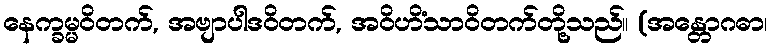
နေက္ခမ္မဝိတက်, အဗျာပါဒဝိတက်, အဝိဟိံသာဝိတက်တို့သည်။ (အန္တောဂဓာ၊